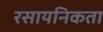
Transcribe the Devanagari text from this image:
रसायनिकता